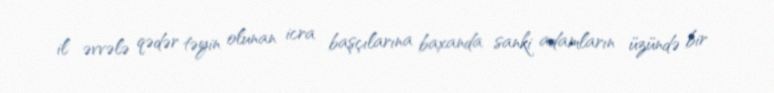
il əvvələ qədər təyin olunan icra başçılarına baxanda sanki adamların üzündə bir